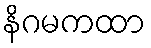
နိဂမကထာ